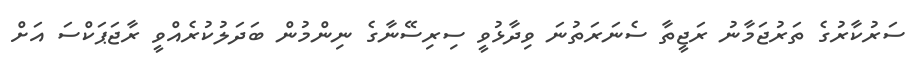
ސަރުކާރުގެ ތަރުޖަމާނު ރަޖީތާ ސެނަރަތުނަ ވިދާޅުވީ ސިރިސޭނާގެ ނިންމުން ބަދަލުކުރެއްވީ ރާޖަޕަކްސަ އަށް